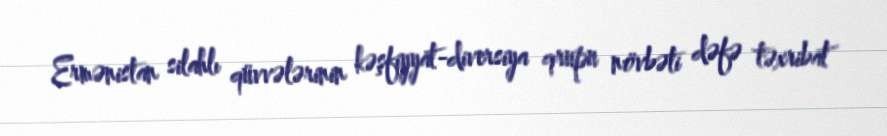
Ermənistan silahlı qüvvələrinin kəşfiyyat-diversiya qrupu növbəti dəfə təxribat